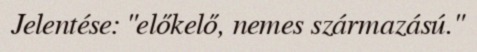
Jelentése: "előkelő, nemes származású."